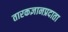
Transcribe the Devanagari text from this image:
तारकज्ञानप्रदाता